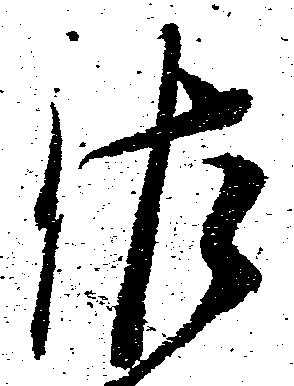
佐